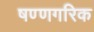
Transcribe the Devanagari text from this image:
षण्णगरिक